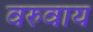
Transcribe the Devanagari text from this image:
वरुवाय